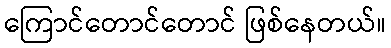
ကြောင်တောင်တောင် ဖြစ်နေတယ်။